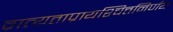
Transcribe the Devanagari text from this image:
व्रात्यताप्रायश्चित्तनिर्णय